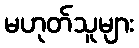
မဟုတ်သူများ